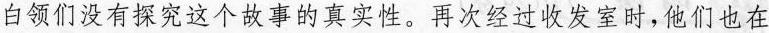
白领们没有探究这个故事的真实性。再次经过收发室时，他们也在